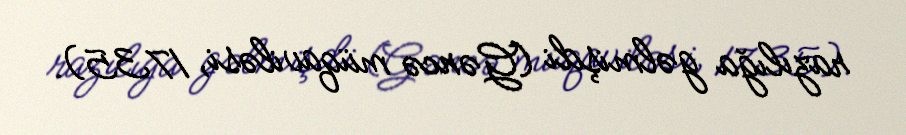
razılığa gəlmişdi (Gəncə müqaviləsi, 1735).